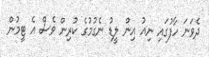
ދެވަނަ ހާފުގައި ނިއު އިން ލީޑު ނެގުމުގެ ކުރިން ވެސް އެ ޓީމުން